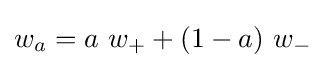
w_{a}=a\ w_{+}+(1-a)\ w_{-}